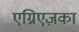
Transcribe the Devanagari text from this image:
एग्निएज़का